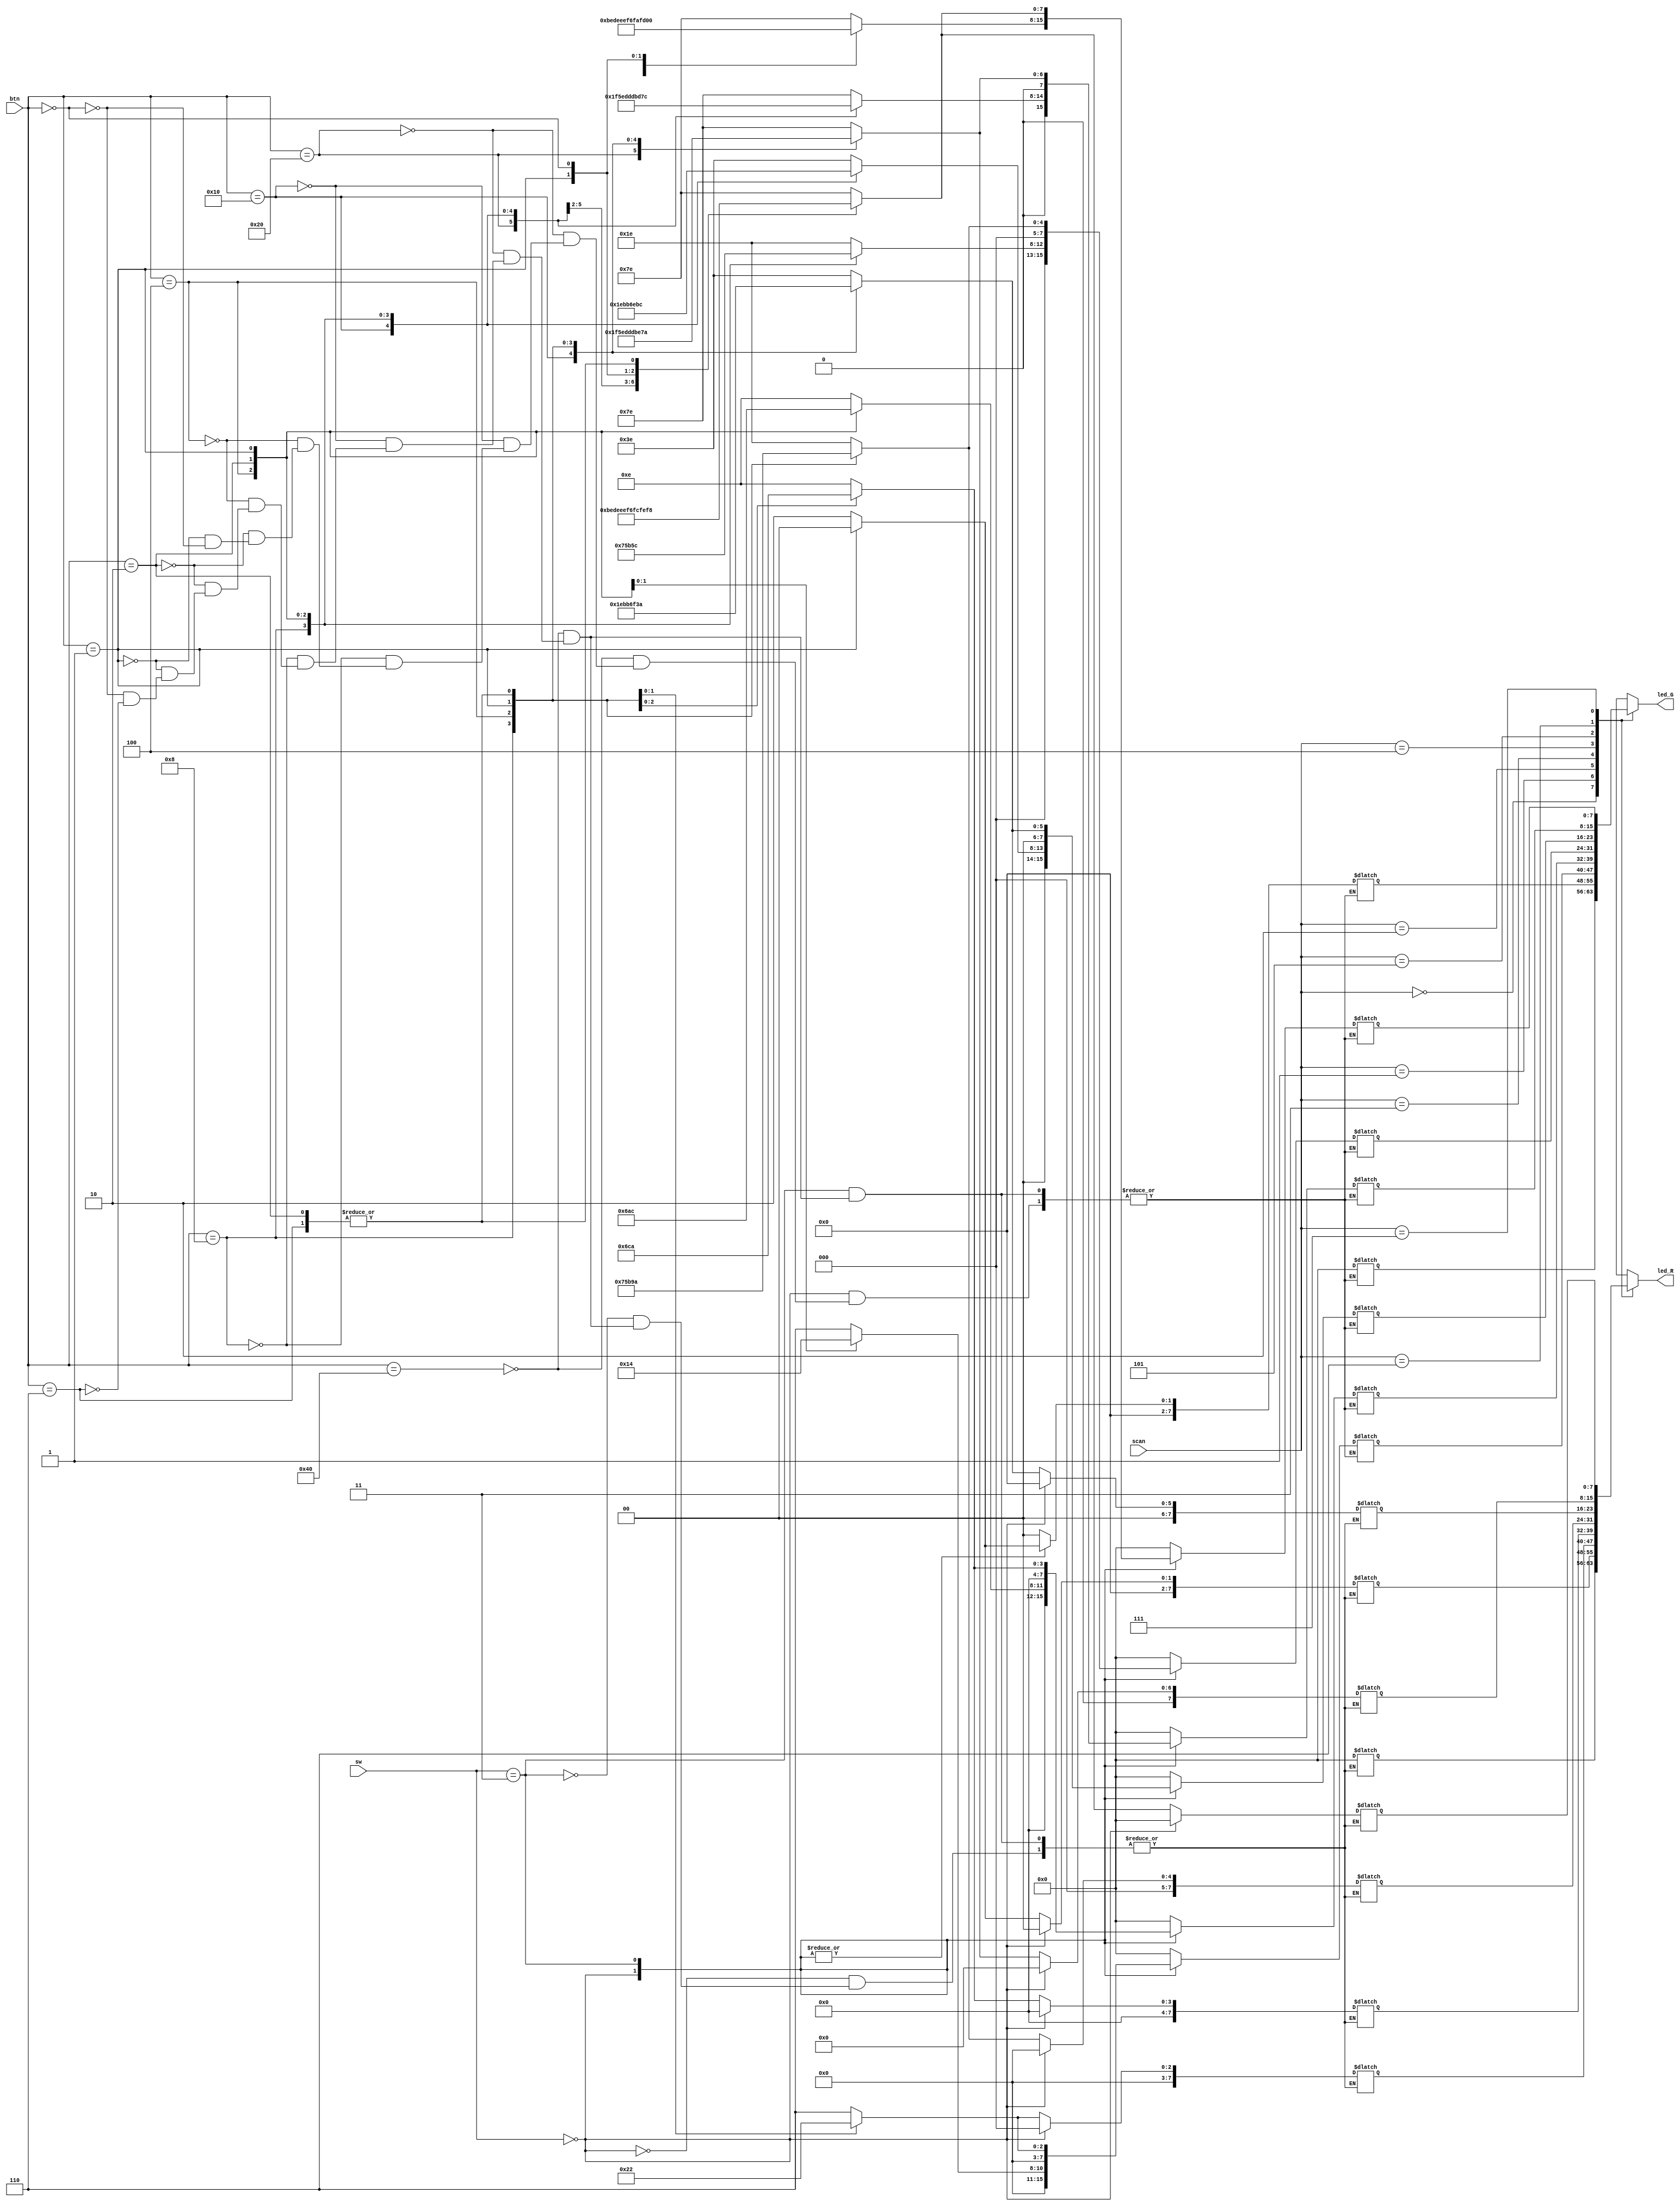
module decode38_col 

(scan,led_R,led_G,btn,sw);
 
	input [2:0] scan;//
	input [6:0]btn;//
	input [1:0]sw;//
	
	output [7:0] led_R;						//
	output [7:0] led_G;
 
        reg [7:0] led_R;//regalwaysreg
		  reg [7:0] led_G;
		  reg [7:0]image_R7;
		  reg [7:0]image_R6;
		  reg [7:0]image_R5;
		  reg [7:0]image_R4;
		  reg [7:0]image_R3;
		  reg [7:0]image_R2;
		  reg [7:0]image_R1;
		  reg [7:0]image_R0;
		  reg [7:0]image_G7;
		  reg [7:0]image_G6;
		  reg [7:0]image_G5;
		  reg [7:0]image_G4;
		  reg [7:0]image_G3;
		  reg [7:0]image_G2;
		  reg [7:0]image_G1;
		  reg [7:0]image_G0;

 
        //alwaysscanscanalways
	always @ (scan)
	begin
		case(sw)//
					2'b00:begin //
							image_R7<=0;//led
							image_R6<=0;
							image_R5<=0;
							image_R4<=0;
							image_R3<=0;
							image_R2<=0;
							image_R1<=0;
							image_R0<=0;
							case(btn)//
								7'b1000_000:begin image_G7<=8'b0111_1110;image_G6<=8'b0111_1110;image_G5<=8'b0011_1110;image_G4<=8'b0001_1110;
														image_G3<=8'b0000_1110;image_G2<=8'b0000_0110;image_G1<=8'b0000_0010;image_G0<=8'b0000_0000;end
									
								7'b0100_000:begin image_G7<=8'b1011_1110;image_G6<=8'b0011_1110;image_G5<=8'b0011_1110;image_G4<=8'b0001_1110;image_G3<=8'b0000_1110;
														image_G2<=8'b0000_0110;image_G1<=8'b0000_0010;image_G0<=8'b0000_0000;end
								
								7'b0010_000:begin image_G7<=8'b1101_1110;image_G6<=8'b0101_1110;image_G5<=8'b0001_1110;image_G4<=8'b0001_1110;image_G3<=8'b0000_1110;
														image_G2<=8'b0000_0110;image_G1<=8'b0000_0010;image_G0<=8'b0000_0000;end
									
								7'b0001_000:begin image_G7<=8'b1110_1110;image_G6<=8'b0110_1110;image_G5<=8'b0010_1110;image_G4<=8'b0000_1110;image_G3<=8'b0000_1110;
														image_G2<=8'b0000_0110;image_G1<=8'b0000_0010;image_G0<=8'b0000_0000;end
								
								7'b0000_100:begin image_G7<=8'b1111_0110;image_G6<=8'b0111_0110;image_G5<=8'b0011_0110;image_G4<=8'b0001_0110;
														image_G3<=8'b0000_0110;image_G2<=8'b0000_0110;image_G1<=8'b0000_0010;image_G0<=8'b0000_0000;end
								
								7'b0000_010:begin image_G7<=8'b1111_1010;image_G6<=8'b0111_1010;image_G5<=8'b0011_1010;image_G4<=8'b0001_1010;
														image_G3<=8'b0000_1010;image_G2<=8'b0000_0010;image_G1<=8'b0000_0010;image_G0<=8'b0000_0000;end
									
								7'b0000_001:begin image_G7<=8'b1111_1100;image_G6<=8'b0111_1100;image_G5<=8'b0011_1100;image_G4<=8'b0001_1100;
														image_G3<=8'b0000_1100;image_G2<=8'b0000_0100;image_G1<=8'b0000_0000;image_G0<=8'b0000_0000;end
								
								7'b0000_000:begin image_G7<=8'b1111_1110;image_G6<=8'b0111_1110;image_G5<=8'b0011_1110;image_G4<=8'b0001_1110;image_G3<=8'b0000_1110;
														image_G2<=8'b0000_0110;image_G1<=8'b0000_0010;image_G0<=8'b0000_0000;end //
								default:;
							endcase
							end
							
					2'b11:begin //
							case(btn)//led
								7'b1000_000:begin image_R7<=8'b0111_1110;image_R6<=8'b0111_1110;image_R5<=8'b0011_1110;image_R4<=8'b0001_1110;image_R3<=8'b0000_1110;
														image_R2<=8'b0000_0110;image_R1<=8'b0000_0010;image_R0<=8'b0000_0000;
														image_G7<=8'b0111_1110;image_G6<=8'b0111_1110;image_G5<=8'b0011_1110;image_G4<=8'b0001_1110;image_G3<=8'b0000_1110;
														image_G2<=8'b0000_0110;image_G1<=8'b0000_0010;image_G0<=8'b0000_0000;end
									
								7'b0100_000:begin image_R7<=8'b1011_1110;image_R6<=8'b0011_1110;image_R5<=8'b0011_1110;image_R4<=8'b0001_1110;image_R3<=8'b0000_1110;
														image_R2<=8'b0000_0110;image_R1<=8'b0000_0010;image_R0<=8'b0000_0000;
														image_G7<=8'b1011_1110;image_G6<=8'b0011_1110;image_G5<=8'b0011_1110;image_G4<=8'b0001_1110;image_G3<=8'b0000_1110;
														image_G2<=8'b0000_0110;image_G1<=8'b0000_0010;image_G0<=8'b0000_0000;end
								
								7'b0010_000:begin image_R7<=8'b1101_1110;image_R6<=8'b0101_1110;image_R5<=8'b0001_1110;image_R4<=8'b0001_1110;image_R3<=8'b0000_1110;
														image_R2<=8'b0000_0110;image_R1<=8'b0000_0010;image_R0<=8'b0000_0000;
														image_G7<=8'b1101_1110;image_G6<=8'b0101_1110;image_G5<=8'b0001_1110;image_G4<=8'b0001_1110;image_G3<=8'b0000_1110;
														image_G2<=8'b0000_0110;image_G1<=8'b0000_0010;image_G0<=8'b0000_0000;end
									
								7'b0001_000:begin image_R7<=8'b1110_1110;image_R6<=8'b0110_1110;image_R5<=8'b0010_1110;image_R4<=8'b0000_1110;image_R3<=8'b0000_1110;
														image_R2<=8'b0000_0110;image_R1<=8'b0000_0010;image_R0<=8'b0000_0000;
														image_G7<=8'b1110_1110;image_G6<=8'b0110_1110;image_G5<=8'b0010_1110;image_G4<=8'b0000_1110;image_G3<=8'b0000_1110;
														image_G2<=8'b0000_0110;image_G1<=8'b0000_0010;image_G0<=8'b0000_0000;end
								
								7'b0000_100:begin image_R7<=8'b1111_0110;image_R6<=8'b0111_0110;image_R5<=8'b0011_0110;image_R4<=8'b0001_0110;
														image_R3<=8'b0000_0110;image_R2<=8'b0000_0110;image_R1<=8'b0000_0010;image_R0<=8'b0000_0000;
														image_G7<=8'b1111_0110;image_G6<=8'b0111_0110;image_G5<=8'b0011_0110;image_G4<=8'b0001_0110;
														image_G3<=8'b0000_0110;image_G2<=8'b0000_0110;image_G1<=8'b0000_0010;image_G0<=8'b0000_0000;end
								
								7'b0000_010:begin image_R7<=8'b1111_1010;image_R6<=8'b0111_1010;image_R5<=8'b0011_1010;image_R4<=8'b0001_1010;
														image_R3<=8'b0000_1010;image_R2<=8'b0000_0010;image_R1<=8'b0000_0010;image_R0<=8'b0000_0000;
														image_G7<=8'b1111_1010;image_G6<=8'b0111_1010;image_G5<=8'b0011_1010;image_G4<=8'b0001_1010;
														image_G3<=8'b0000_1010;image_G2<=8'b0000_0010;image_G1<=8'b0000_0010;image_G0<=8'b0000_0000;end
									
								7'b0000_001:begin image_R7<=8'b1111_1100;image_R6<=8'b0111_1100;image_R5<=8'b0011_1100;image_R4<=8'b0001_1100;
														image_R3<=8'b0000_1100;image_R2<=8'b0000_0100;image_R1<=8'b0000_0000;image_R0<=8'b0000_0000;
														image_G7<=8'b1111_1100;image_G6<=8'b0111_1100;image_G5<=8'b0011_1100;image_G4<=8'b0001_1100;
														image_G3<=8'b0000_1100;image_G2<=8'b0000_0100;image_G1<=8'b0000_0000;image_G0<=8'b0000_0000;end
								
								7'b0000_000:begin image_R7<=8'b1111_1110;image_R6<=8'b0111_1110;image_R5<=8'b0011_1110;image_R4<=8'b0001_1110;image_R3<=8'b0000_1110;
														image_R2<=8'b0000_0110;image_R1<=8'b0000_0010;image_R0<=8'b0000_0000;
														image_G7<=8'b1111_1110;image_G6<=8'b0111_1110;image_G5<=8'b0011_1110;image_G4<=8'b0001_1110;image_G3<=8'b0000_1110;
														image_G2<=8'b0000_0110;image_G1<=8'b0000_0010;image_G0<=8'b0000_0000;end //
								7'b0000_110:begin image_G7<=8'b1111_1010;image_G6<=8'b0111_1010;image_G5<=8'b0011_1010;image_G4<=8'b0001_1010;image_G3<=8'b0000_1010;
														image_G2<=8'b0000_0010;image_G1<=8'b0000_0010;image_G0<=8'b0000_0000;
														image_R7<=8'b1111_1010;image_R6<=8'b0111_1010;image_R5<=8'b0011_1010;image_R4<=8'b0001_1010;image_R3<=8'b0000_1010;
														image_R2<=8'b0000_0010;image_R1<=8'b0000_0010;image_R0<=8'b0000_0000;end //
								default:;
							endcase
							end
							
					default:begin //
							image_G7<=0;
							image_G6<=0;
							image_G5<=0;
							image_G4<=0;
							image_G3<=0;
							image_G2<=0;
							image_G1<=0;
							image_G0<=0;
							case(btn)//led
								7'b1000_000:begin image_R7<=8'b0111_1110;image_R6<=8'b0111_1110;image_R5<=8'b0011_1110;image_R4<=8'b0001_1110;image_R3<=8'b0000_1110;
														image_R2<=8'b0000_0110;image_R1<=8'b0000_0010;image_R0<=8'b0000_0000;end
									
								7'b0100_000:begin image_R7<=8'b1011_1110;image_R6<=8'b0011_1110;image_R5<=8'b0011_1110;image_R4<=8'b0001_1110;image_R3<=8'b0000_1110;
														image_R2<=8'b0000_0110;image_R1<=8'b0000_0010;image_R0<=8'b0000_0000;end
								
								7'b0010_000:begin image_R7<=8'b1101_1110;image_R6<=8'b0101_1110;image_R5<=8'b0001_1110;image_R4<=8'b0001_1110;image_R3<=8'b0000_1110;
														image_R2<=8'b0000_0110;image_R1<=8'b0000_0010;image_R0<=8'b0000_0000;end
									
								7'b0001_000:begin image_R7<=8'b1110_1110;image_R6<=8'b0110_1110;image_R5<=8'b0010_1110;image_R4<=8'b0000_1110;image_R3<=8'b0000_1110;
														image_R2<=8'b0000_0110;image_R1<=8'b0000_0010;image_R0<=8'b0000_0000;end
								
								7'b0000_100:begin image_R7<=8'b1111_0110;image_R6<=8'b0111_0110;image_R5<=8'b0011_0110;image_R4<=8'b0001_0110;
														image_R3<=8'b0000_0110;image_R2<=8'b0000_0110;image_R1<=8'b0000_0010;image_R0<=8'b0000_0000;end
								
								7'b0000_010:begin image_R7<=8'b1111_1010;image_R6<=8'b0111_1010;image_R5<=8'b0011_1010;image_R4<=8'b0001_1010;
														image_R3<=8'b0000_1010;image_R2<=8'b0000_0010;image_R1<=8'b0000_0010;image_R0<=8'b0000_0000;end
									
								7'b0000_001:begin image_R7<=8'b1111_1100;image_R6<=8'b0111_1100;image_R5<=8'b0011_1100;image_R4<=8'b0001_1100;
														image_R3<=8'b0000_1100;image_R2<=8'b0000_0100;image_R1<=8'b0000_0000;image_R0<=8'b0000_0000;end
								
								7'b0000_000:begin image_R7<=8'b1111_1110;image_R6<=8'b0111_1110;image_R5<=8'b0011_1110;image_R4<=8'b0001_1110;image_R3<=8'b0000_1110;
														image_R2<=8'b0000_0110;image_R1<=8'b0000_0010;image_R0<=8'b0000_0000;end //
								7'b0000_110:begin image_R7<=8'b1111_1010;image_R6<=8'b0111_1010;image_R5<=8'b0011_1010;image_R4<=8'b0001_1010;image_R3<=8'b0000_1010;
														image_R2<=8'b0000_0010;image_R1<=8'b0000_0010;image_R0<=8'b0000_0000;end //
								default:;
							endcase
							end
		endcase
		
		
		case(scan)  //scan                                              					
			3'b000:		led_R<=image_R0; 
			3'b001:		led_R<=image_R1;
			3'b010:		led_R<=image_R2;	
			3'b011:		led_R<=image_R3;	
			3'b100:		led_R<=image_R4;
			3'b101:		led_R<=image_R5;	
			3'b110: 		led_R<=image_R6;	
			3'b111:		led_R<=image_R7;		
			default: ;
		endcase
		case(scan)                                                
			3'b000:			led_G<=image_G0;  
			3'b001:	   	led_G<=image_G1;  
			3'b010:			led_G<=image_G2;
			3'b011:			led_G<=image_G3;
			3'b100:			led_G<=image_G4;
			3'b101:			led_G<=image_G5;
			3'b110: 			led_G<=image_G6;
			3'b111:	 		led_G<=image_G7;
			default: ;
		endcase
	end
	
endmodule